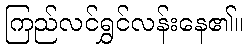
ကြည်လင်ရွှင်လန်းနေ၏။